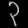
Digit: ၃